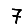
Digit: 7